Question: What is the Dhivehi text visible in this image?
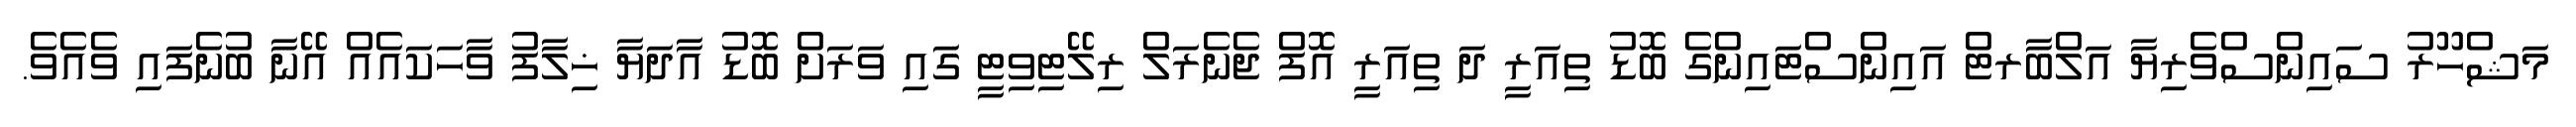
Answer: މަޝްހޫރު ސައިންސްވެރިޔާ އަލްބާރޓް އައިންސްޓައިންގެ ބޮޑު ތިއަރީ ދަ ތިއަރީ އޮފް ޖެނެރަލް ރިލޭޓިވިޓީ ގައި ވަރަށް ބޮޑު އާދަޔާ ޚިލާފު ވާހަކައެއް އޭނާ ބުނެފައި ވެއެވެ.